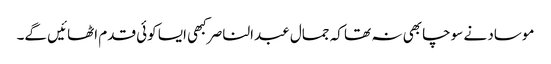
موساد نے سوچا بھی نہ تھا کہ جمال عبدالناصر کبھی ایسا کوئی قدم اٹھائیں گے۔